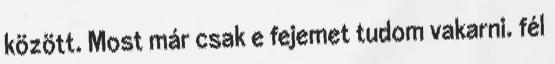
között. Most már csak e fejemet tudom vakarni. fél